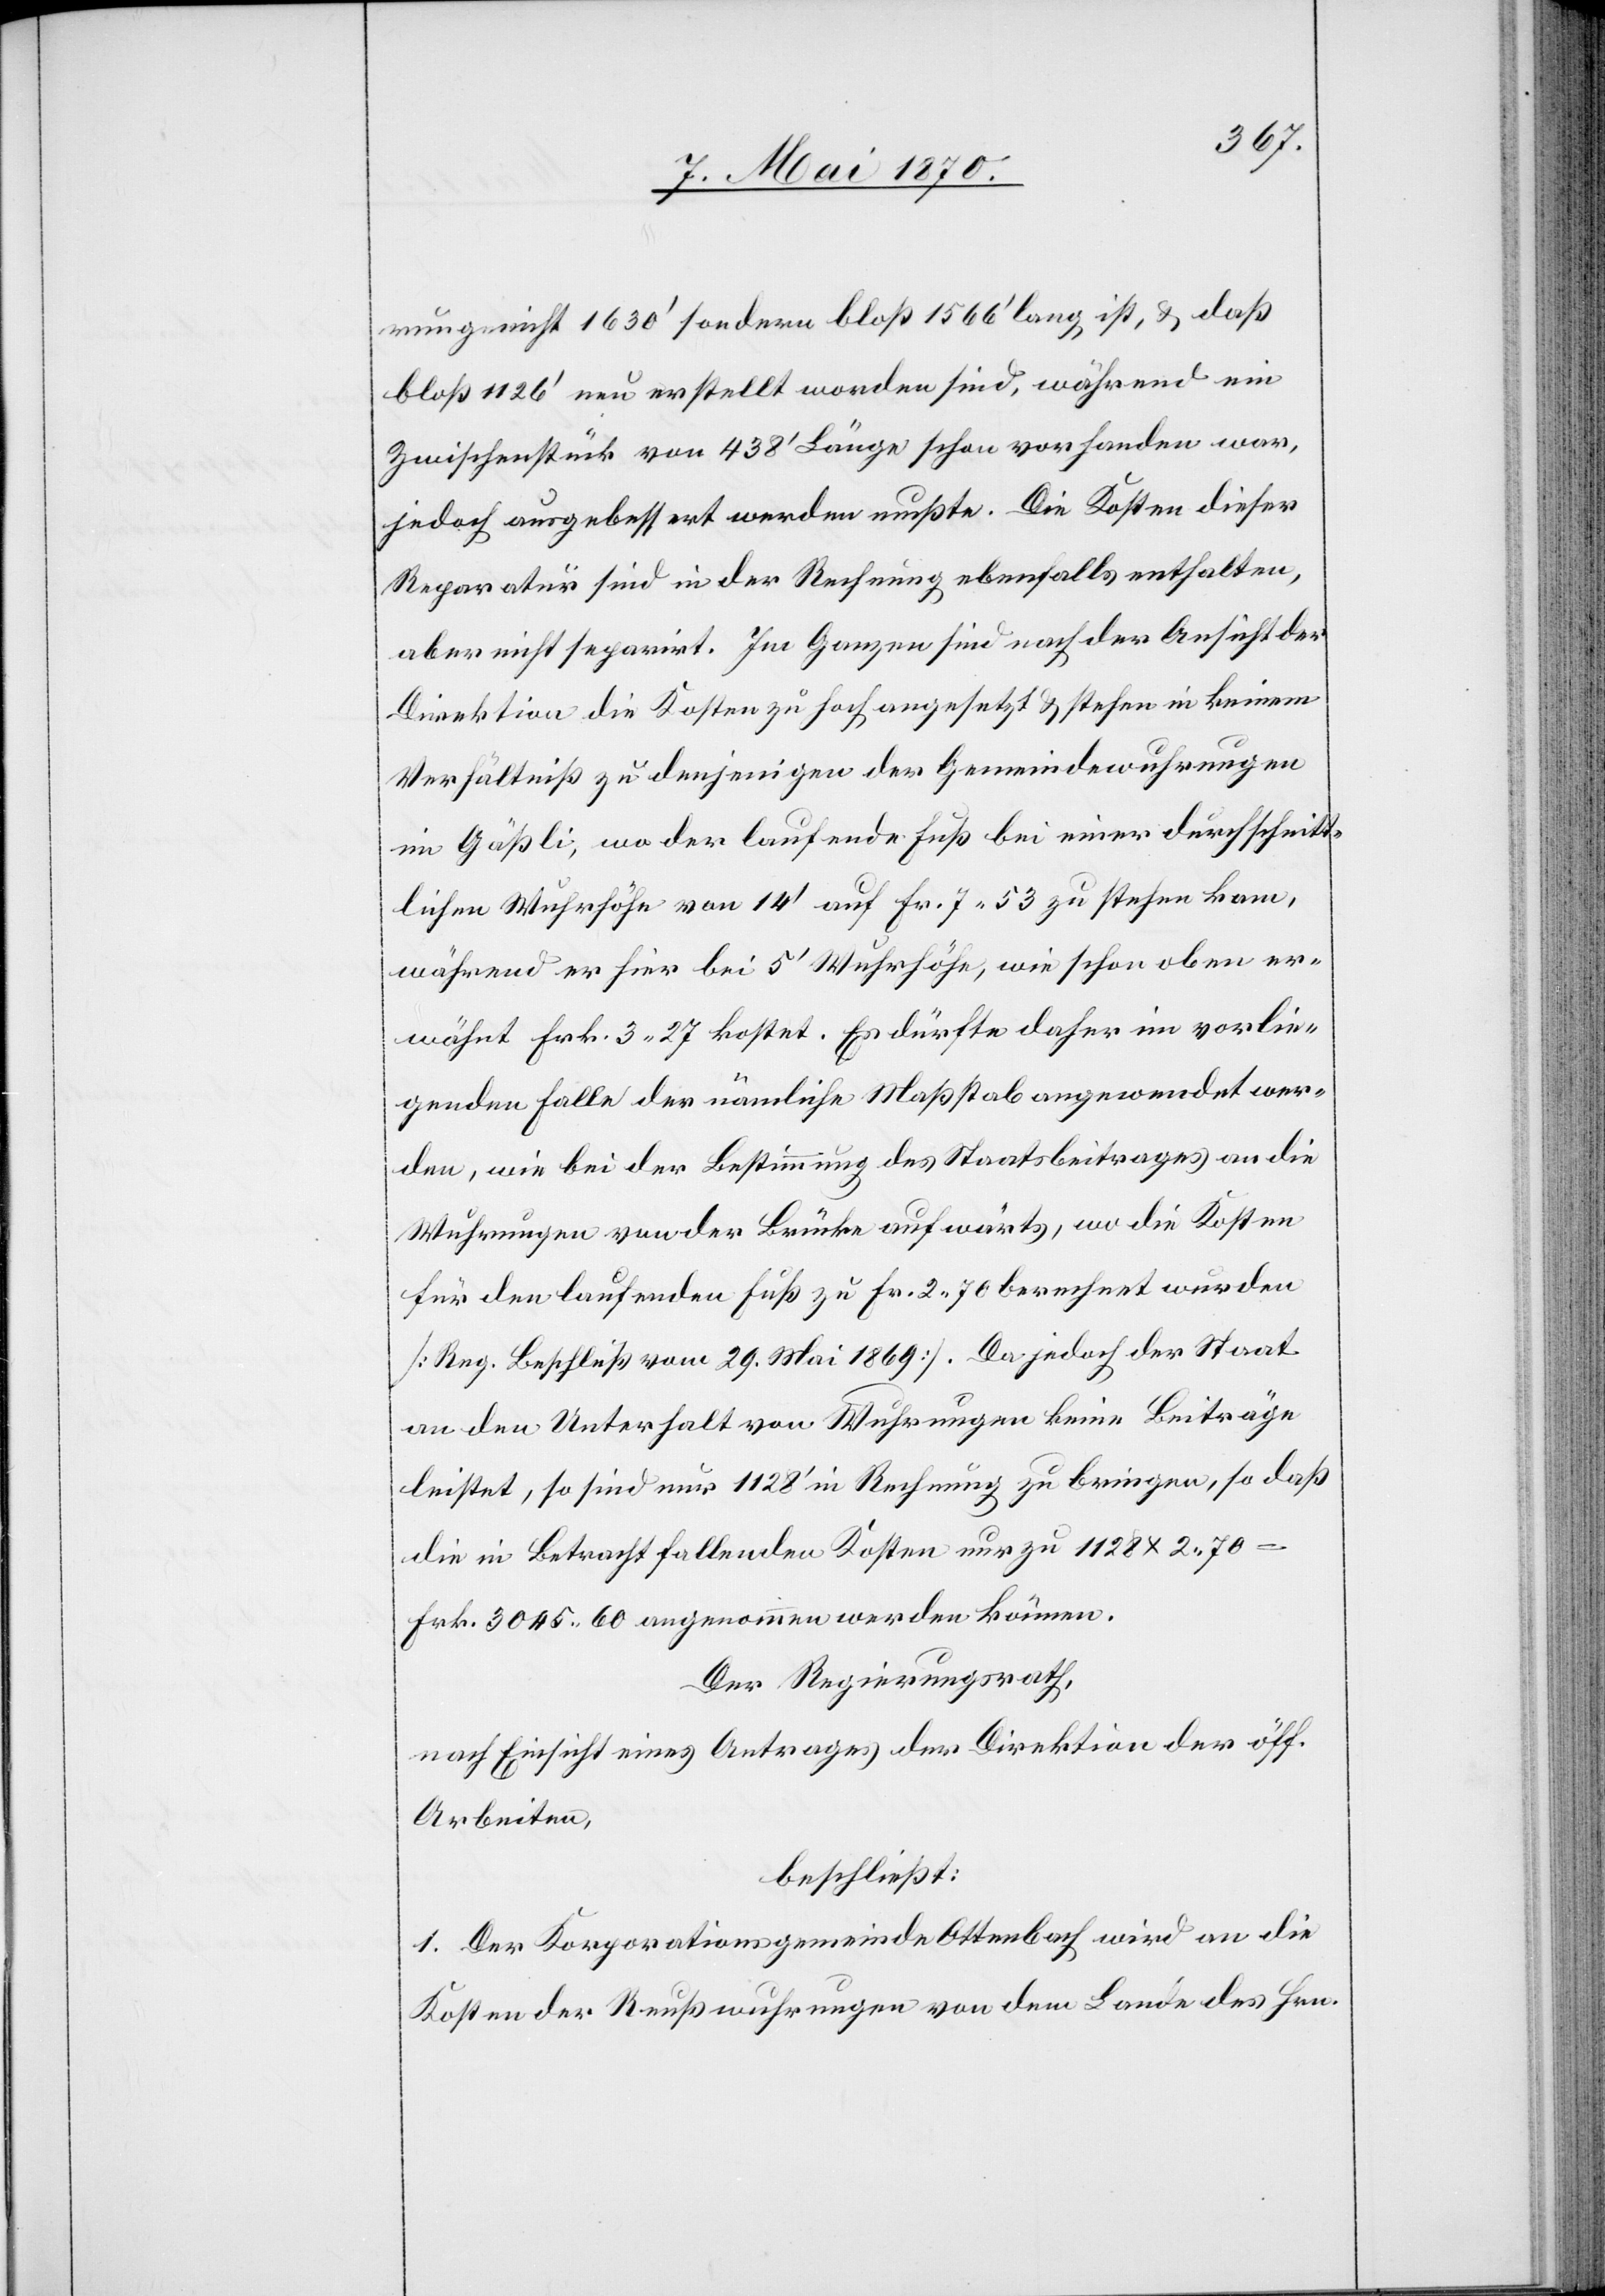
rung nicht 1630‘ sondern bloß 1566‘ lang ist, & daß
bloß 1126‘ neu erstellt worden sind, während ein
Zwischenstück von 438‘ Länge schon vorhanden war,
jedoch ausgebessert werden mußte. Die Kosten dieser
Reparatur sind in der Rechnung ebenfalls enthalten,
aber nicht separirt. Im Ganzen sind nach der Ansicht der
Direktion die Kosten zu hoch angesetzt & stehen in keinem
Verhältniß zu denjenigen der Gemeindewuhrungen
im Gäßli, wo der laufende Fuß bei einer durchschnitt¬
lichen Wuhrhöhe von 14‘ auf Fr. 7.53 zu stehen kam,
während er hier bei 5‘ Wuhrhöhe, wie schon oben er¬
wähnt Frk. 3.27 kostet. Es dürfte daher im vorlie¬
genden Falle der nämliche Maßstab angewendet wer¬
den, wie bei der Bestimmung des Staatsbeitrages an die
Wuhrungen von der Brücke aufwärts, wo die Kosten
für den laufenden Fuß zu Fr. 2.70 berechnet wurden
[Reg. Beschluß vom 29. Mai 1869]. Da jedoch der Staat
an den Unterhalt von Wuhrungen keine Beiträge
leistet, so sind nur 1128‘ in Rechnung zu bringen, so daß
die in Betracht fallenden Kosten nur zu 1128 x 2.70
Frk. 3045.60 angenommen werden können.
Der Regierungsrath,
nach Einsicht eines Antrages der Direktion der öff.
Arbeiten,
beschließt:
1. Der Korporationsgemeinde Ottenbach wird an die
Kosten der Reußwuhrungen von dem Lande des Hrn.